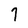
Character: 7